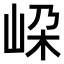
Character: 𡶲